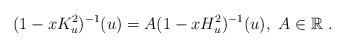
LaTeX: \begin{align*}(1-xK_u^2)^{-1}(u)=A(1-xH_u^2)^{-1}(u),\ A\in\mathbb{R}\ .\end{align*}